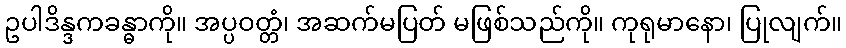
ဥပါဒိန္ဒကခန္ဓာကို။ အပ္ပဝတ္တံ၊ အဆက်မပြတ် မဖြစ်သည်ကို။ ကုရုမာနော၊ ပြုလျက်။